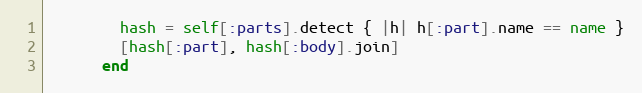
Language: Ruby
        hash = self[:parts].detect { |h| h[:part].name == name }
        [hash[:part], hash[:body].join]
      end